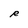
Character: R